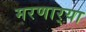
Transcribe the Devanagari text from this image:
मरणार्‍या